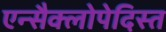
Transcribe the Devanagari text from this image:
एन्सैक्लोपेदिस्त